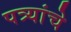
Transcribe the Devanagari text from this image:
पत्र्यांचे